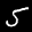
Label: 5